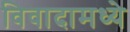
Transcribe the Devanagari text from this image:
विवादामध्ये